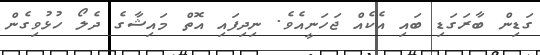
ގަޑިން ބާރަގަޑި ބައި އެކެއް ޖަހަނީއެވެ. ނިދިފައި އޮތް މައިޝާގެ ދެލޯ ހުޅުވިގެން